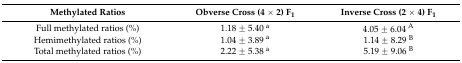
<table><thead><tr><td><b>Methylated Ratios</b></td><td><b>Obverse Cross (4 × 2) F<sub>1</sub></b></td><td><b>Inverse Cross (2 × 4) F<sub>1</sub></b></td></tr></thead><tbody><tr><td>Full methylated ratios (%)</td><td>1.18 ± 5.40 <sup>a</sup></td><td>4.05 ± 6.04 <sup>A</sup></td></tr><tr><td>Hemimethylated ratios (%)</td><td>1.04 ± 3.89 <sup>a</sup></td><td>1.14 ± 8.29 <sup>B</sup></td></tr><tr><td>Total methylated ratios (%)</td><td>2.22 ± 5.38 <sup>a</sup></td><td>5.19 ± 9.06 <sup>B</sup></td></tr></tbody></table>